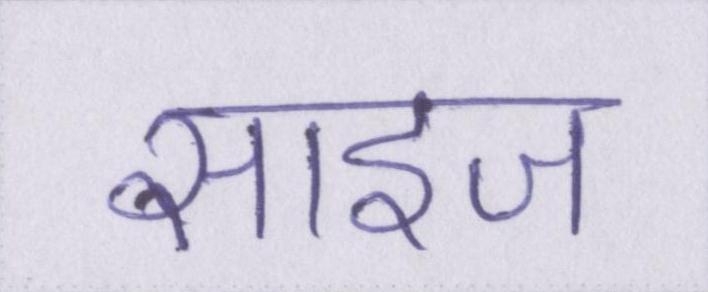
साइज